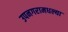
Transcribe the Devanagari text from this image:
उपनगरामधल्या